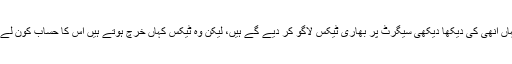
ہمارے یہاں انھی کی دیکھا دیکھی سیگرٹ پر بھاری ٹیکس لاگو کر دیے گے ہیں، لیکن وہ ٹیکس کہاں خرچ ہوتے ہیں اس کا حساب کون لے سکا ہے۔